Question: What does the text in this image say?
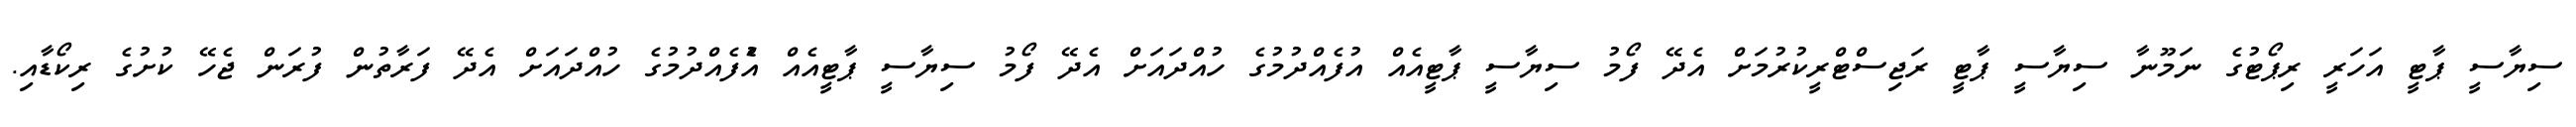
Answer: ސިޔާސީ ޕާޓީ އަހަރީ ރިޕޯޓުގެ ނަމޫނާ ސިޔާސީ ޕާޓީ ރަޖިސްޓްރީކުރުމަށް އެދޭ ފޯމު ސިޔާސީ ޕާޓީއެއް އުފެއްދުމުގެ ހުއްދައަށް އެދޭ ފޯމު ސިޔާސީ ޕާޓީއެއް އެުފެއްދުމުގެ ހުއްދައަށް އެދޭ ފަރާތުން ފުރަން ޖެހޭ ކުށުގެ ރިކޯޑާއި.